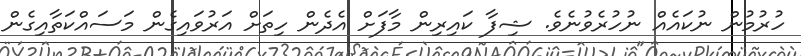
ހުރުމުން ނުކައެއް ނުހުރެވުނެވެ. ޝިފާ ކައިރިން މާފަށް އެދެން ހިތަށް އަރުވައިގެން މަސައްކަތާއިގެން